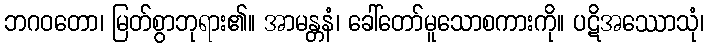
ဘဂဝတော၊ မြတ်စွာဘုရား၏။ အာမန္တနံ၊ ခေါ်တော်မူသောစကားကို။ ပဋိအဿောသုံ၊